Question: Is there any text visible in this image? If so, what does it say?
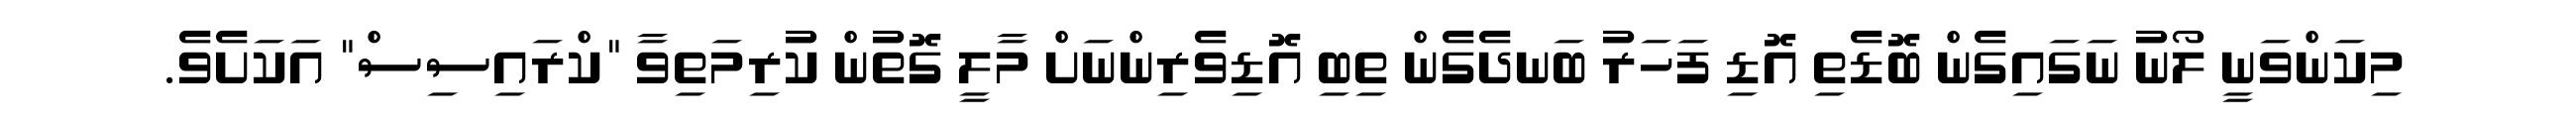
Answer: މިކަންވަނީ ލޯނު ނަގައިގެން ބޮޑެތި އޮޑި ފަހަރު ބަނދެގެން ތިބި އޮޑިވެރިންނަށް މާލީ ގޮތުން ކުރިމަތިވާ "ކްރައިސިސް" އަކަށެވެ.